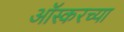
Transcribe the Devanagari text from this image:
ऑस्करच्या